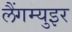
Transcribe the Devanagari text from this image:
लैंगम्युइर